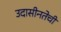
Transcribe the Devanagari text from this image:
उदासीनतेची